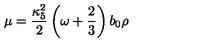
\mu = { \frac { \kappa _ { 5 } ^ { 2 } } { 2 } } \left( \omega + { \frac { 2 } { 3 } } \right) b _ { 0 } \rho